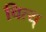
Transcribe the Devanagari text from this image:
चित्य्